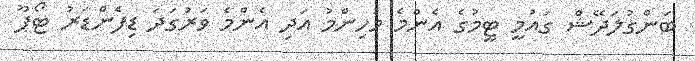
ބަންގުލަދޭޝް ގައުމީ ޓީމުގެ އެންމެ މުހިންމު އަދި އެންމެ ވަރުގަދަ ޑިފެންޑަރު ޓޯޕޫ